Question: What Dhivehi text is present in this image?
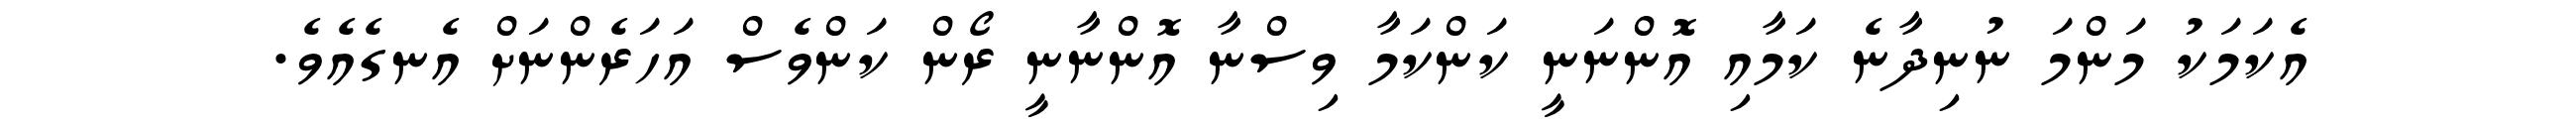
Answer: އެކަމަކު މަންމަ ނުނިދާނެ ކަމާއި އޮންނަނީ ކަންކަމާ ވިސްނާ އޮންނާނީ ރޯން ކަންވެސް އަހަރެންނަށް އެނގެއެވެ.